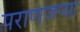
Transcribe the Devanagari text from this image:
पराणजप्या